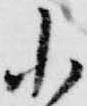
小